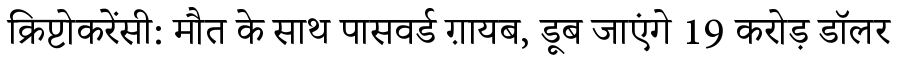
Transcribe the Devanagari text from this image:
क्रिप्टोकरेंसी: मौत के साथ पासवर्ड ग़ायब, डूब जाएंगे 19 करोड़ डॉलर